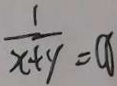
\frac { 1 } { x + y } = x